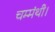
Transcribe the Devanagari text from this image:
चम्मंथी।